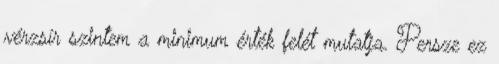
vérzsír szintem a minimum érték felét mutatja. Persze ez